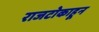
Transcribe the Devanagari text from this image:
राजटोकाहून